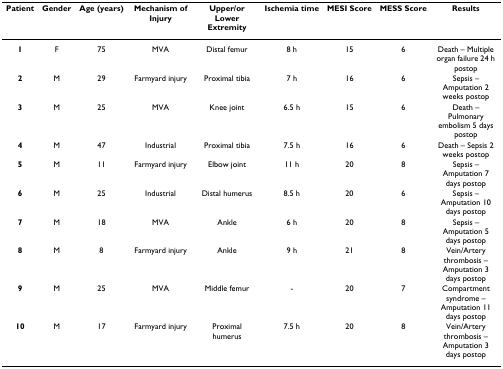
<table><thead><tr><td><b>Patient</b></td><td><b>Gender</b></td><td><b>Age (years)</b></td><td><b>Mechanism of Injury</b></td><td><b>Upper/or Lower Extremity</b></td><td><b>Ischemia time</b></td><td><b>MESI Score</b></td><td><b>MESS Score</b></td><td><b>Results</b></td></tr></thead><tbody><tr><td><b>1</b></td><td>F</td><td>75</td><td>MVA</td><td>Distal femur</td><td>8 h</td><td>15</td><td>6</td><td>Death – Multiple organ failure 24 h postop</td></tr><tr><td><b>2</b></td><td>M</td><td>29</td><td>Farmyard injury</td><td>Proximal tibia</td><td>7 h</td><td>16</td><td>6</td><td>Sepsis – Amputation 2 weeks postop</td></tr><tr><td><b>3</b></td><td>M</td><td>25</td><td>MVA</td><td>Knee joint</td><td>6.5 h</td><td>15</td><td>6</td><td>Death – Pulmonary embolism 5 days postop</td></tr><tr><td><b>4</b></td><td>M</td><td>47</td><td>Industrial</td><td>Proximal tibia</td><td>7.5 h</td><td>16</td><td>6</td><td>Death – Sepsis 2 weeks postop</td></tr><tr><td><b>5</b></td><td>M</td><td>11</td><td>Farmyard injury</td><td>Elbow joint</td><td>11 h</td><td>20</td><td>8</td><td>Sepsis – Amputation 7 days postop</td></tr><tr><td><b>6</b></td><td>M</td><td>25</td><td>Industrial</td><td>Distal humerus</td><td>8.5 h</td><td>20</td><td>6</td><td>Sepsis – Amputation 10 days postop</td></tr><tr><td><b>7</b></td><td>M</td><td>18</td><td>MVA</td><td>Ankle</td><td>6 h</td><td>20</td><td>8</td><td>Sepsis – Amputation 5 days postop</td></tr><tr><td><b>8</b></td><td>M</td><td>8</td><td>Farmyard injury</td><td>Ankle</td><td>9 h</td><td>21</td><td>8</td><td>Vein/Artery thrombosis – Amputation 3 days postop</td></tr><tr><td><b>9</b></td><td>M</td><td>25</td><td>MVA</td><td>Middle femur</td><td>-</td><td>20</td><td>7</td><td>Compartment syndrome – Amputation 11 days postop</td></tr><tr><td><b>10</b></td><td>M</td><td>17</td><td>Farmyard injury</td><td>Proximal humerus</td><td>7.5 h</td><td>20</td><td>8</td><td>Vein/Artery thrombosis – Amputation 3 days postop</td></tr></tbody></table>